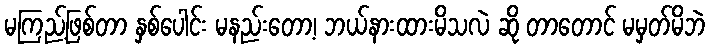
မကြည့်ဖြစ်တာ နှစ်ပေါင်း မနည်းတော့၊ ဘယ်နားထားမိသလဲ ဆို တာတောင် မမှတ်မိဘဲ